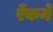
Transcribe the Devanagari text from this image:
रेंकने